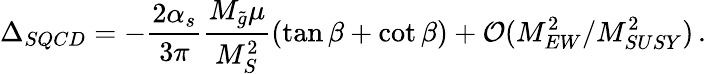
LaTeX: \Delta_{SQCD}=-\frac{2\alpha_{s}}{3\pi}\frac{M_{\tilde{g}}\mu}{M_{S}^{2}}(\tan\beta+\cot\beta)+\mathcal{O}(M_{EW}^{2}/M_{SUSY}^{2})\, .